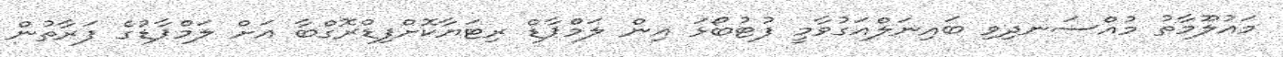
މައުލޫމާތު މުއްސަނދިވި ބައިނަލްއަގުވާމީ ފުޓުބޯޅަ އިން ލަމްޕާޑް ރިޓަޔާކޮށްފިޑްރޮގްބާ އަށް ލަމްޕާޑުގެ ފަރާތުން